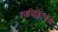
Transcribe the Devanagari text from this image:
स्वचिकित्सेची